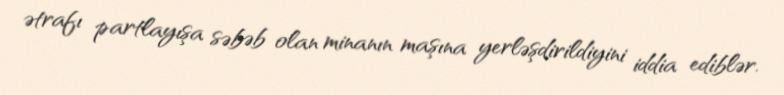
ətrafı partlayışa səbəb olan minanın maşına yerləşdirildiyini iddia ediblər.